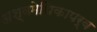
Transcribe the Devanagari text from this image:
अश्वमेधिकापर्व